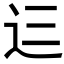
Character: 𮞁